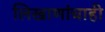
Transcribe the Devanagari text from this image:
लिखाणांचाही